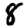
Digit: 8